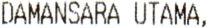
DAMANSARA UTAMA,